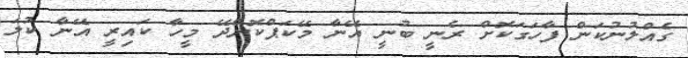
ގެއްލުނުކަން ފާހަގަކޮށް ރެނީ ބުނީ އޭނާ މޭކަޕްކޮށްދޭ މީހާ ކައިރީ އޭނާ ކުލަ